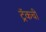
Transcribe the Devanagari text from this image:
ट्रॅकची